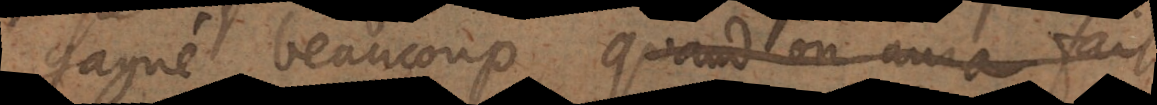
gagné beaucoup, quand on aura fait